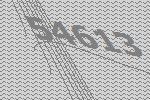
54613